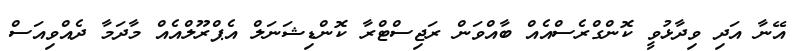
އޭނާ އަދި ވިދާޅުވީ ކޮންގްރެސްއެއް ބާއްވަން ރަޖިސްޓްރާ ކޮންޑިޝަނަލް އެޕްރޫލްއެއް މާދަމާ ދެއްވިއަސް